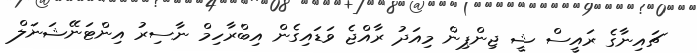
ޗައިނާގެ ރައީސް ޝީ ޖިންޕިން މިއަދު ރާއްޖެ ވަޑައިގެން އިބްރާހިމް ނާސިރު އިންޓަނޭޝަނަލް